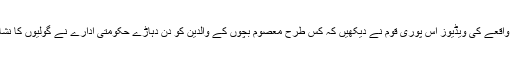
ساہیوال واقعے کی ویڈیوز اس پوری قوم نے دیکھیں کہ کس طرح معصوم بچوں کے والدین کو دن دہاڑے حکومتی ادارے نے گولیوں کا نشانہ بنایا۔